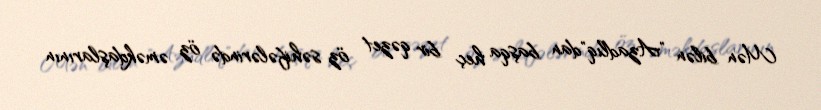
Mən bilən "Azadlıq"dan başqa heç bir qəzet öz səhifələrində öz əməkdaşlarının